Medical and sanitary report of the native army of Madras for the year
Year: 1872
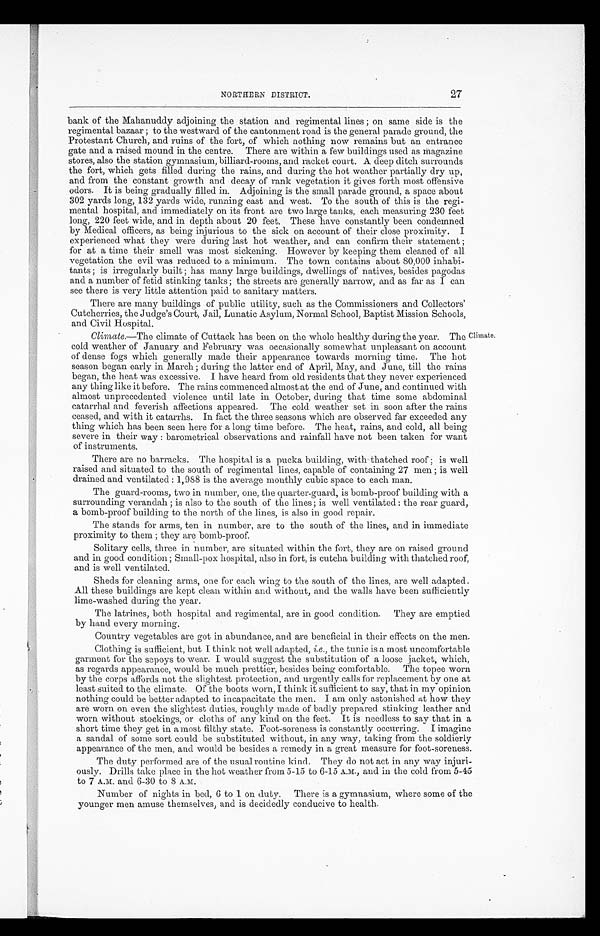
27
NORTHERN DISTRICT.
bank of the Mahanuddy adjoining the station and regimental lines ; on same side is the
regimental bazaar ; to the westward of the cantonment road is the general parade ground, the
Protestant Church, and ruins of the fort, of which nothing now remains but an entrance
gate and a raised mound in the centre. There are within a few buildings used as magazine
stores, also the station gymnasium, billiard-rooms, and racket court. A deep ditch surrounds
the fort, which gets filled during the rains, and during the hot weather partially dry up,
and from the constant growth and decay of rank vegetation it gives forth most offensive
odors. It is being gradually filled in. Adjoining is the small parade ground, a space about
302 yards long, 132 yards wide, running east and west. To the south of this is the regi-
mental hospital, and immediately on its front are two large tanks, each measuring 230 feet
long, 220 feet wide, and in depth about 20 feet. These have constantly been condemned
by Medical officers, as being injurious to the sick on account of their close proximity. I
experienced what they were during last hot weather, and can confirm their statement ;
for at a time their smell was most sickening. However by keeping them cleaned of all
vegetation the evil was reduced to a minimum. The town contains about 80,000 inhabi-
tants ; is irregularly built ; has many large buildings, dwellings of natives, besides pagodas
and a number of fetid stinking tanks ; the streets are generally narrow, and as far as I can
see there is very little attention paid to sanitary matters.
There are many buildings of public utility, such as the Commissioners and Collectors'
Cutcherries, the Judge's Court, Jail, Lunatic Asylum, Normal School, Baptist Mission Schools,
and Civil Hospital.
Climate .—The climate of Cuttack has been on the whole healthy during the year. The
cold weather of January and February was occasionally somewhat unpleasant on account
of dense fogs which generally made their appearance towards morning time. The hot
season began early in March ; during the latter end of April, May, and June, till the rains
began, the heat was excessive. I have heard from old residents that they never experienced
any thing like it before. The rains commenced almost at the end of June, and continued with
almost unprecedented violence until late in October, during that time some abdominal
catarrhal and feverish affections appeared. The cold weather set in soon after the rains
ceased, and with it catarrhs. In fact the three seasons which are observed far exceeded any
thing which has been seen here for a long time before. The heat, rains, and cold, all being
severe in their way : barometrical observations and rainfall have not been taken for want
of instruments.
Climate.
There are no barracks. The hospital is a pucka building, with thatched roof ; is well
raised and situated to the south of regimental lines, capable of containing 27 men ; is well
drained and ventilated : 1,988 is the average monthly cubic space to each man.
The guard-rooms, two in number, one, the quarter-guard, is bomb-proof building with a
surrounding verandah ; is also to the south of the lines ; is well ventilated : the rear guard,
a bomb-proof building to the north of the lines, is also in good repair.
The stands for arms, ten in number, are to the south of the lines, and in immediate
proximity to them ; they are bomb-proof.
Solitary cells, three in number, are situated within the fort, they are on raised ground
and in good condition ; Small-pox hospital, also in fort, is cutcha building with thatched roof,
and is well ventilated.
Sheds for cleaning arms, one for each wing to the south of the lines, are well adapted.
All these buildings are kept clean within and without, and the walls have been sufficiently
lime-washed during the year.
The latrines, both hospital and regimental, are in good condition. They are emptied
by hand every morning.
Country vegetables are got in abundance, and are beneficial in their effects on the men.
Clothing is sufficient, but I think not well adapted, i. e ., the tunic is a most uncomfortable
garment for the sepoys to wear. I would suggest the substitution of a loose jacket, which,
as regards appearance, would be much prettier, besides being comfortable. The topee worn
by the corps affords not the slightest protection, and urgently calls for replacement by one at
least suited to the climate. Of the boots worn, I think it sufficient to say, that in my opinion
nothing could be better adapted to incapacitate the men. I am only astonished at how they
are worn on even the slightest duties, roughly made of badly prepared stinking leather and
worn without stockings, or cloths of any kind on the feet. It is needless to say that in a
short time they get in a most filthy state. Foot-soreness is constantly occurring. I imagine
a sandal of some sort could be substituted without, in any way, taking from the soldierly
appearance of the men, and would be besides a remedy in a great measure for foot-soreness.
The duty performed are of the usual routine kind. They do not act in any way injuri
-ously. Drills take place in the hot weather from 5-15 to 6-15 A.M., and in the cold from 5-45
to 7 A.M. and 6-30 to 8 A.M.
Number of nights in bed, 6 to 1 on duty. There is a gymnasium, where some of the
younger men amuse themselves, and is decidedly conducive to health.